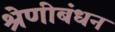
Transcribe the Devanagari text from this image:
श्रेणीबंधन